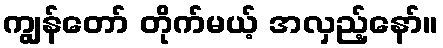
ကျွန်တော် တိုက်မယ့် အလှည့်နော်။